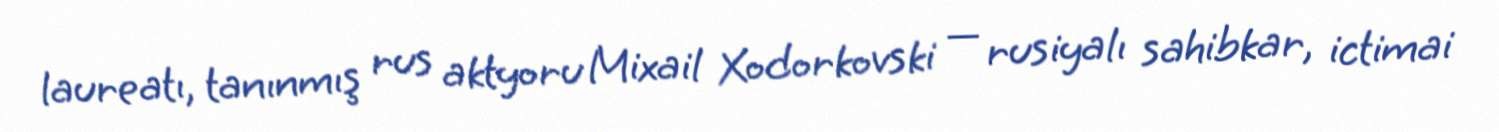
laureatı, tanınmış rus aktyoru Mixail Xodorkovski — rusiyalı sahibkar, ictimai